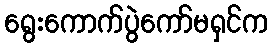
ရွေးကောက်ပွဲကော်မရှင်က